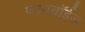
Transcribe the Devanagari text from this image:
फायब्रॉईड